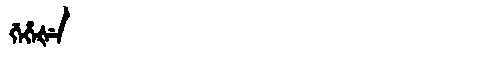
Manchu: ᡤᡝᡥᡝᡧᡝ
Romanization: GEHEŠE